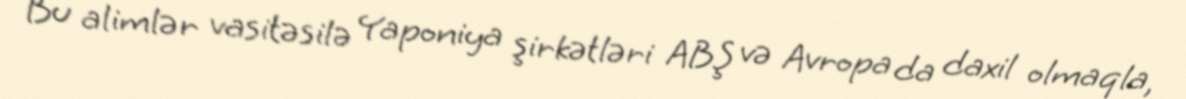
Bu alimlər vasitəsilə Yaponiya şirkətləri ABŞ və Avropa da daxil olmaqla,